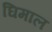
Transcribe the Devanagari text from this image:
घिमाल